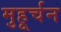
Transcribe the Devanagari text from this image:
मुहूर्चन